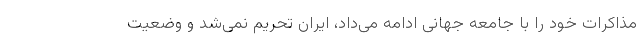
مذاکرات خود را با جامعه جهانی ادامه می‌داد، ایران تحریم نمی‌شد و وضعیت